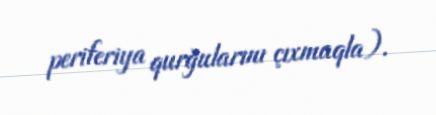
periferiya qurğularını çıxmaqla).